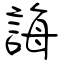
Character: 誨